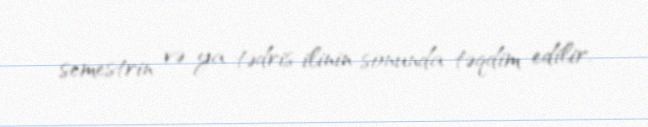
semestrin və ya tədris ilinin sonunda təqdim edilir.